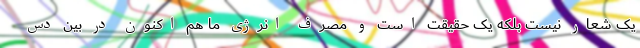
یک شعار نیست بلکه یک حقیقت است و مصرف انرژی ما هم اکنون در بین دس